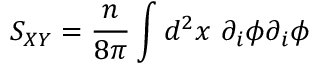
S _ { X Y } = \frac { n } { 8 \pi } \int d ^ { 2 } x ~ \partial _ { i } \phi \partial _ { i } \phi